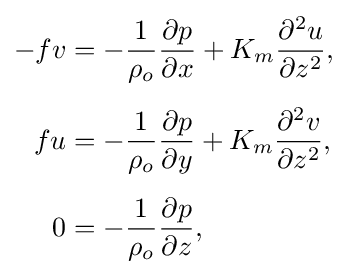
{\begin{aligned}-fv&=-{\frac {1}{\rho _{o}}}{\frac {\partial p}{\partial x}}+K_{m}{\frac {\partial ^{2}u}{\partial z^{2}}},\\[5pt]fu&=-{\frac {1}{\rho _{o}}}{\frac {\partial p}{\partial y}}+K_{m}{\frac {\partial ^{2}v}{\partial z^{2}}},\\[5pt]0&=-{\frac {1}{\rho _{o}}}{\frac {\partial p}{\partial z}},\end{aligned}}